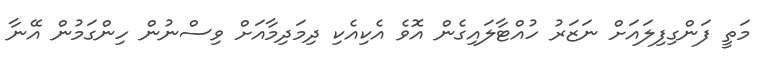
މަތީ ފަންގިފިލައަށް ނަޒަރު ހުއްޓާލައިގެން އޮވެ އެކިއެކި ދިމަދިމާއަށް ވިސްނުން ހިންގަމުން އޭނާ